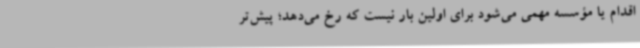
اقدام یا مؤسسه مهمی می‌شود برای اولین‌ بار نیست که رخ می‌دهد؛ پیش‌تر